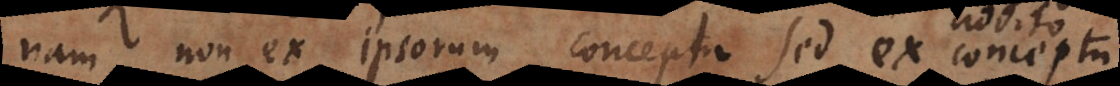
nam non ex ipsorum conceptu, sed ex conceptu